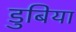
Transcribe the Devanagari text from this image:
डुबिया